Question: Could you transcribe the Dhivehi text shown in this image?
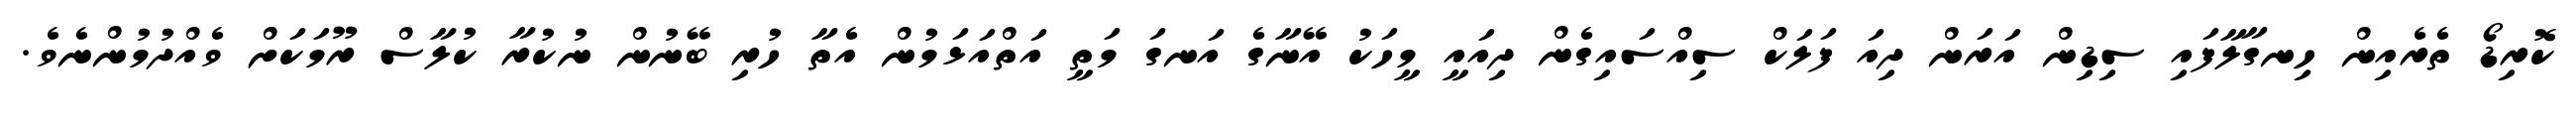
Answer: ކޮރިޑޯ ތެރެއިން ހިނގާލާފައި ސިޑިން އަރަން ދިއަ ފަލަކް ސިއްސައިގެން ދިއައީ މީހަކު އޭނާގެ އަނގަ މަތީ އަތްއަޅަމުން އެތާ ހުރި ބޭނުން ނުކުރާ ކުލާސް ރޫމަކަށް ވެއްދުމުންނެވެ.